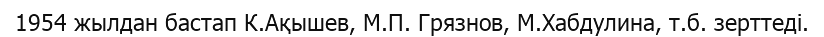
1954 жылдан бастап К.Ақышев, М.П. Грязнов, М.Хабдулина, т.б. зерттеді.